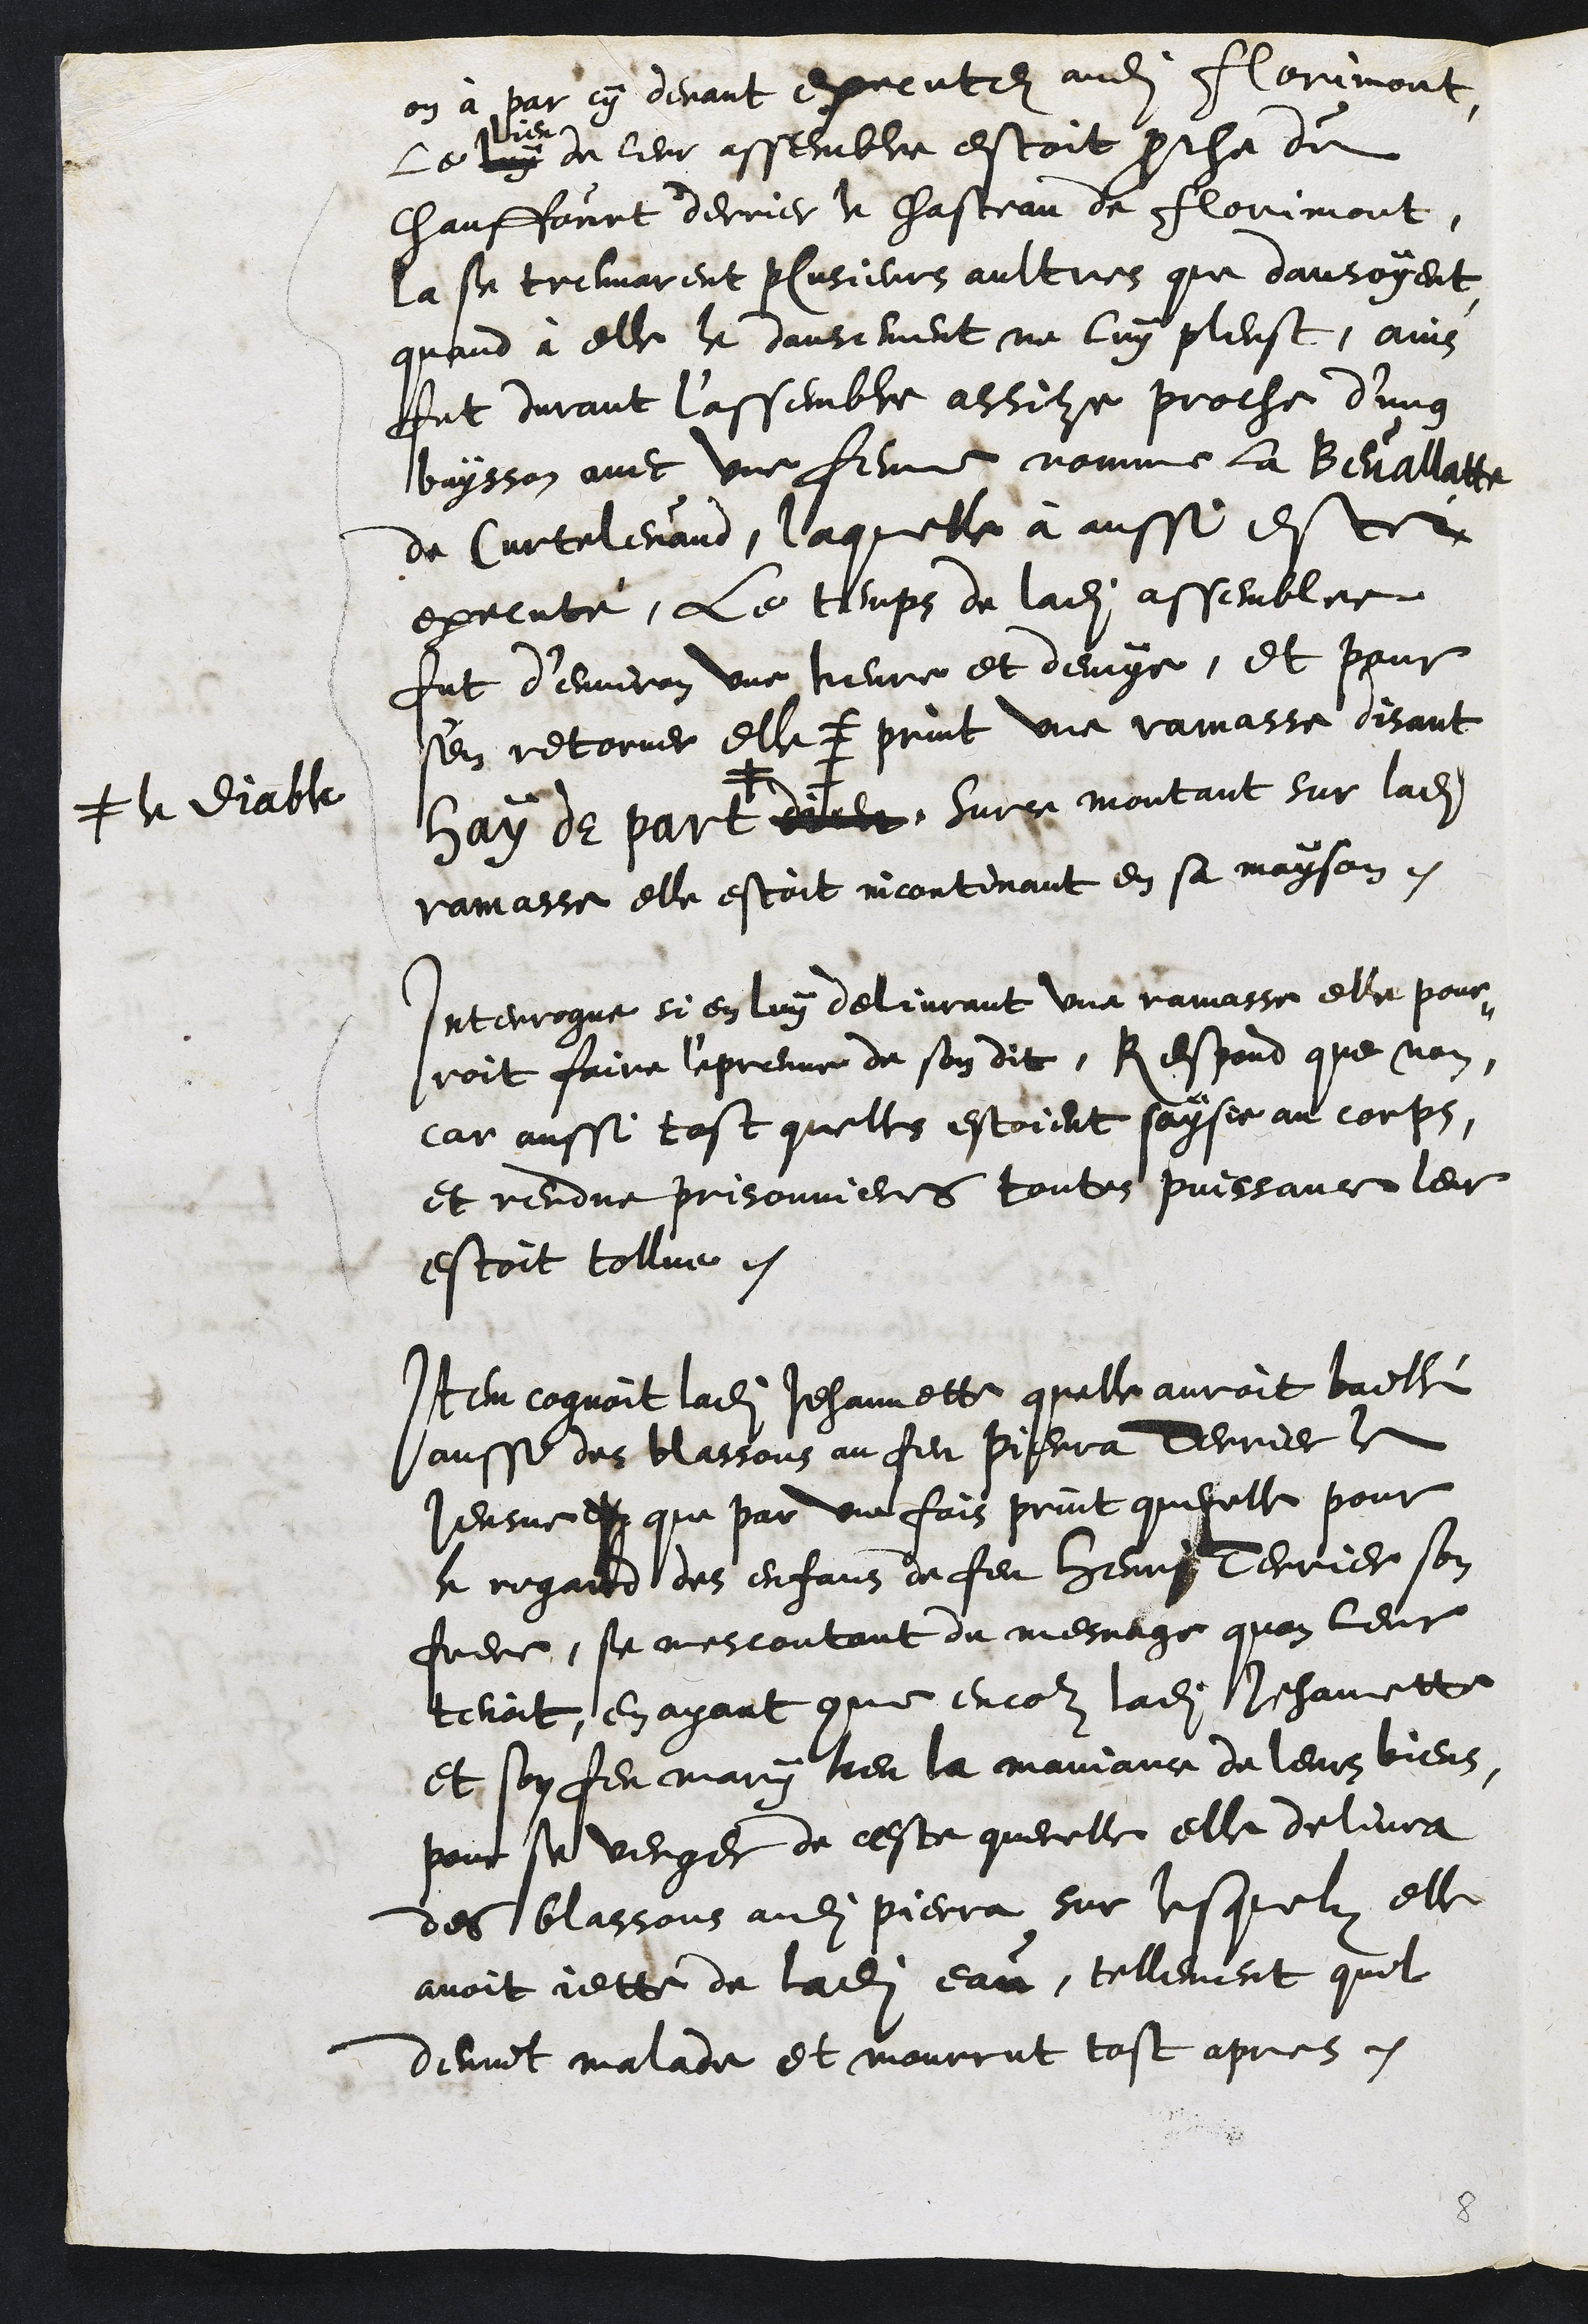
on à par cy devant executez audit Florimont
Le luy
lieu
de leur assemblee estoit proche du
Chauffourt derrier le chasteau de Florimont,
la se treuvarent plusieurs aultres que dansoyent,
quand à elle le dansement ne luy pleust, ains
fut durant l'assemble assize proche d'ung
buysson avec une femme nomme la Bevallatte
de Curtelevand, laquelle à aussi estée
executé, le temps de ladite assemblee
fut d'environ une heure et demye, et pour
s'en retorner elle print une ramasse disant
hay de part #
# le diable
dicte. Sur ce montant sur ladite
ramasse elle estoit incontinant en sa mayson.
Interrogue si en luy delivrant une jamasse elle pour¬
roit faire l'epreuve de son dit, Respond que non,
car aussi tost quelles estoient saysie au corps,
et rendue prisonnieres toutes puissance leur
estoit tollue.
Item cognoit ladite Jehannette quelle auroit baillé
aussi des blassons au feu Pierra Terrier le
Jeusne que par une fois print querelle pour
le regard des enfans de feu Henry Terrier son
frere, se mescontant du mesnage quon leur
tenoit, en ayant que encor ladite Jehannette
et son feu mary heu la maniance de leurs biens,
pour se venger de ceste querelle elle delivra
des blassons audit Pierra sur lesquelz elle
avoit jette de ladite eau, tellement quil
devint malade et mourrut tost apres.

8